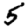
Digit: 5